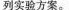
列实验方案。